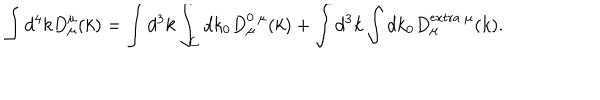
LaTeX: \int d ^ { 4 } k D _ { \mu } ^ { \mu } ( k ) = \int d ^ { 3 } k \int _ { C } d k _ { 0 } D _ { \mu } ^ { 0 \ \mu } ( k ) + \int d ^ { 3 } k \int d k _ { 0 } D _ { \mu } ^ { \mathrm { e x t r a \ \ m u } } ( k ) .